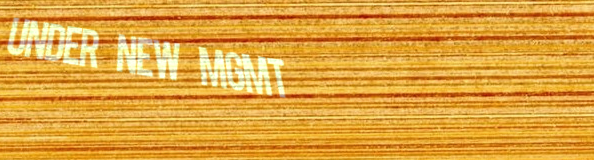
UNDER NEW MGMT